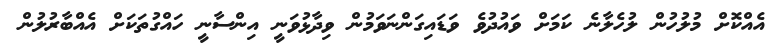
އެއްކޮށް މުލުހުން ލުހެލާނެ ކަމަަށް ވައުދުވެ ވަޑައިގަންނަވަމުން ވިދާޅުވަނީ އިންސާނީ ހައްގުތަކަށް އެއްބާރުލުން